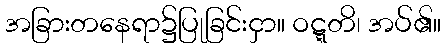
အခြားတနေရာ၌ပြုခြင်းငှာ။ ဝဋ္ဋတိ၊ အပ်၏။